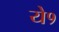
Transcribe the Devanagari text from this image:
ये१